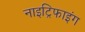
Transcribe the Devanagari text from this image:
नाइट्रिफाइंग